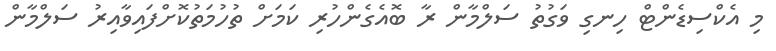
މި އެކްސިޑެންޓް ހިނގި ވަގުތު ސަލްމާން ރާ ބޮއެގެންހުރި ކަމަށް ތުހުމަތުކޮށްފައިވާއިރު ސަލްމާން